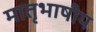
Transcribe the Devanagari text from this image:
मातृभाषीय